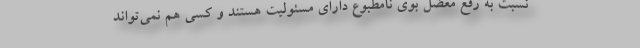
نسبت به رفع معضل بوی نامطبوع دارای مسئولیت هستند و کسی هم نمی‌تواند